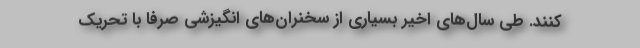
کنند. طی سال‌های اخیر بسیاری از سخنران‌های انگیزشی صرفا با تحریک